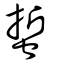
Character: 蜇